Indian journal of veterinary science and animal husbandry - Volumes 18-21, 1948-1951
Year: 1948
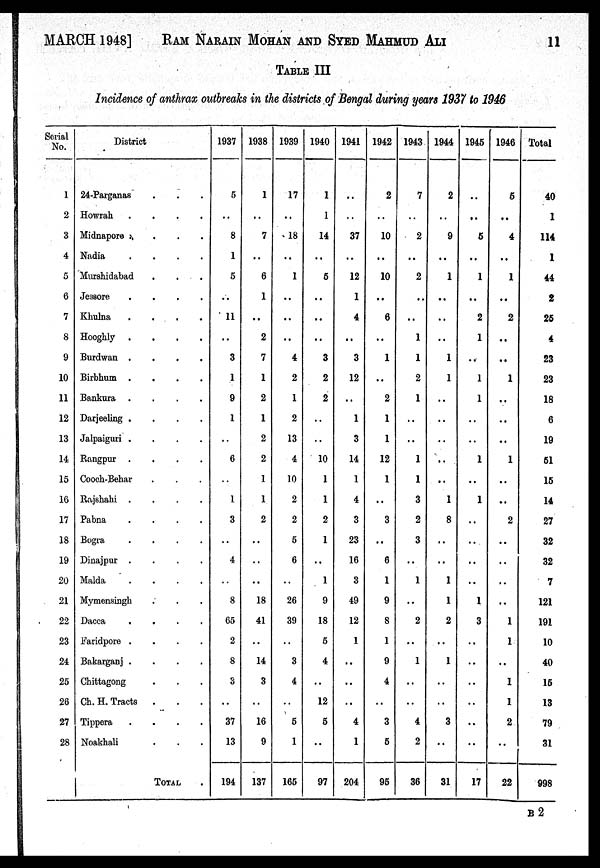
MARCH 1948] RAM NARAIN MOHAN AND SYED MAHMUD ALI 11
TABLE III
Incidence of anthrax outbreaks in the districts of Bengal during years 1937 to 1946
Serial
No.
1
2
3
4
5
6
7
8
9
10
11
12
13
14
15
16
17
18
19
20
21
22
23
24
25
26
27
28
District
24-Parganas . . . .
Howrah . . . .
Midnapore . . . .
Nadia . . . .
Murshidabad . . .
Jeasore . . . .
Khulna . . . .
Hooghly . . . .
Burdwan . . . .
Birbhum . . . .
Bankura . . . .
Darjeeling . . . . .
Jalpaiguri . . . . .
Rangpur . . . .
Cooch-Behar
Rajshahi . . . .
Pabna . . . .
Bogra . . . .
Dinajpur . . . .
Malda . . . .
Mymensingh . . . .
Dacca . . . .
Faridpore . . . .
Bakarganj . . . .
Chittagong . . .
Ch. H. Tracts . . .
Tippera . . . .
Noakhali . . .
TOTAL .
1937
5
..
8
1
5
..
11
..
3
1
9
1
..
6
..
1
3
..
4
..
8
65
2
8
3
..
37
13
194
1938
1
..
7
..
6
1
..
2
7
1
2
1
2
2
1
1
2
..
..
..
18
41
..
14
3
..
16
9
137
1939
17
..
18
..
1
..
..
..
4
2
1
2
13
4
10
2
2
5
6
..
26
39
..
3
4
..
5
1
165
1940
1
1
14
..
5
..
..
..
3
2
2
..
..
10
1
1
2
1
..
1
9
18
5
4
..
12
5
..
97
1941
..
..
37
..
12
1
4
..
3
12
..
1
3
14
1
4
3
23
16
3
49
12
1
..
..
..
4
1
204
1942
2
..
10
..
10
..
6
..
1
..
2
1
1
12
1
..
3
..
6
1
9
8
1
9
4
..
3
5
95
1943
7
..
2
..
2
..
..
1
1
2
1
..
..
1
1
3
2
3
..
1
..
2
..
1
..
..
4
2
36
1944
2
..
9
..
1
..
..
..
1
1
..
..
..
..
..
1
8
..
..
1
1
2
..
1
..
..
3
..
31
1945
..
..
5
..
1
..
2
1
..
1
1
..
..
1
..
1
..
..
..
..
1
3
..
..
..
..
..
..
17
1946
5
..
4
..
1
..
2
..
..
1
..
..
..
1
..
..
2
..
..
..
..
1
1
..
1
1
2
..
22
Total
40
1
114
1
44
2
25
4
23
23
18
6
19
51
15
14
27
32
32
7
121
191
10
40
15
13
79
31
998
B 2